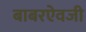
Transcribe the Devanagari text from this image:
बाबरऐवजी